Document type: Emphyteutic lease
Year: 1276
Scribe: Pere de Roca
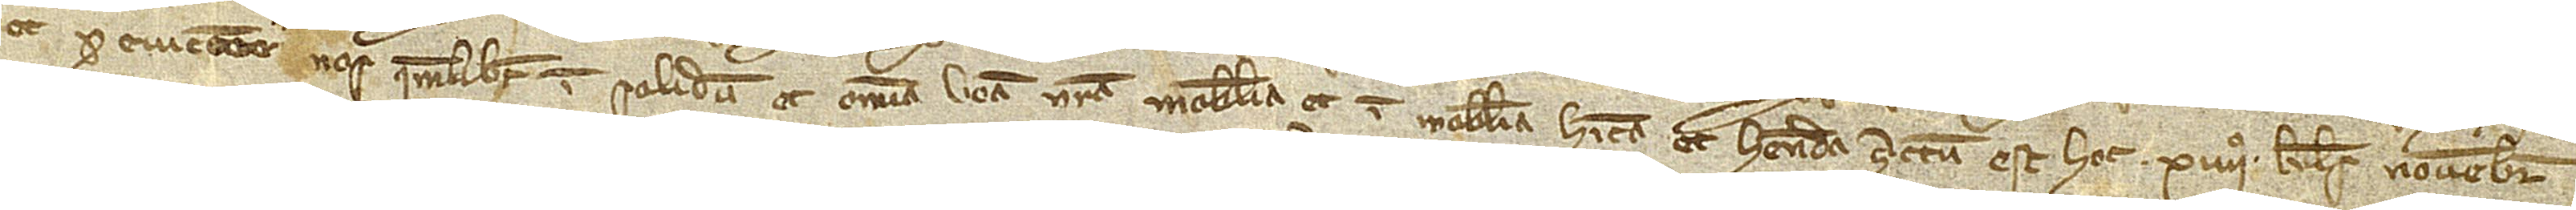
et pro eviccione nos quemlibet in solidum et omnia bona nostra, mobilia et immobilia, habita et habenda. Actum est hoc XIIIIº kalendas novembris,